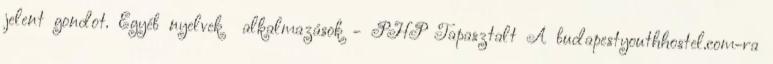
jelent gondot. Egyéb nyelvek alkalmazások - PHP Tapasztalt A budapestyouthhostel.com-ra